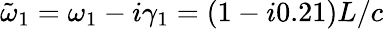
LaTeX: \tilde{\omega}_{1}=\omega_{1}-i\gamma_{1}=(1-i0.21)L/c